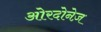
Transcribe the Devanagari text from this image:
ओरदोनेज़